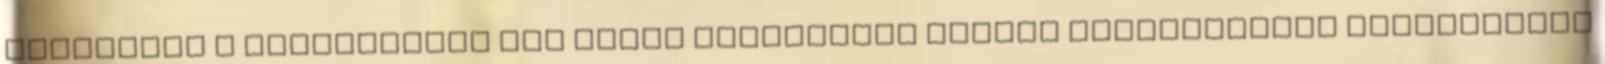
lehetőség a településen ▪„A Dunai nemzetközi viziút közelségének turisztikai